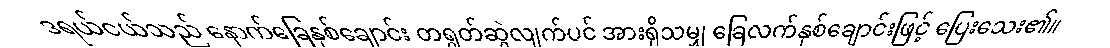
ဒရယ်ငယ်သည် နောက်ခြေနှစ်ချောင်း တရွတ်ဆွဲလျက်ပင် အားရှိသမျှ ခြေလက်နှစ်ချောင်းဖြင့် ပြေးသေး၏။